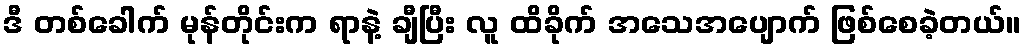
ဒီ တစ်ခေါက် မုန်တိုင်းက ရာနဲ့ ချီပြီး လူ ထိခိုက် အသေအပျောက် ဖြစ်စေခဲ့တယ်။